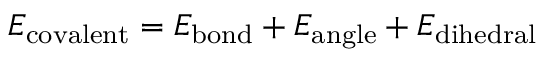
\ E _ { \mathrm { c o v a l e n t } } = E _ { \mathrm { b o n d } } + E _ { \mathrm { a n g l e } } + E _ { \mathrm { d i h e d r a l } }